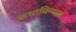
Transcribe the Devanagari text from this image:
कथाविन्यास